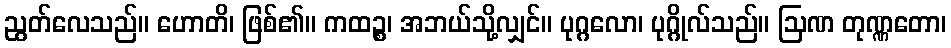
ညွတ်လေသည်။ ဟောတိ၊ ဖြစ်၏။ ကထဉ္စ၊ အဘယ်သို့လျှင်။ ပုဂ္ဂလော၊ ပုဂ္ဂိုလ်သည်။ ဩဏ တုဏ္ဏတော၊